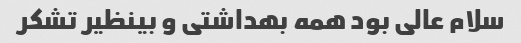
سلام عالی بود همه بهداشتی و بینظیر تشکر